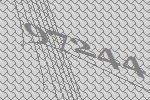
97244